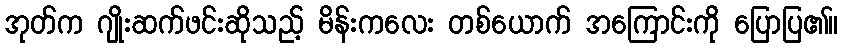
အုတ်က ဂျိုးဆက်ဖင်းဆိုသည့် မိန်းကလေး တစ်ယောက် အကြောင်းကို ပြောပြ၏။